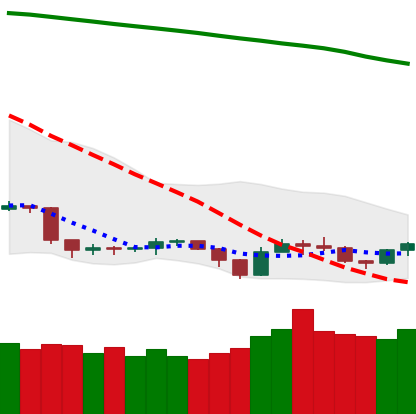
Ticker: TRX-USD
Chart end date: 2019-09-14
Forward return: 11.659%
Label: up_7plus